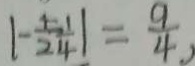
\vert - \frac { 1 } { 2 } - \frac { 1 } { 4 } \vert = \frac { 9 } { 4 }